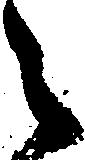
々